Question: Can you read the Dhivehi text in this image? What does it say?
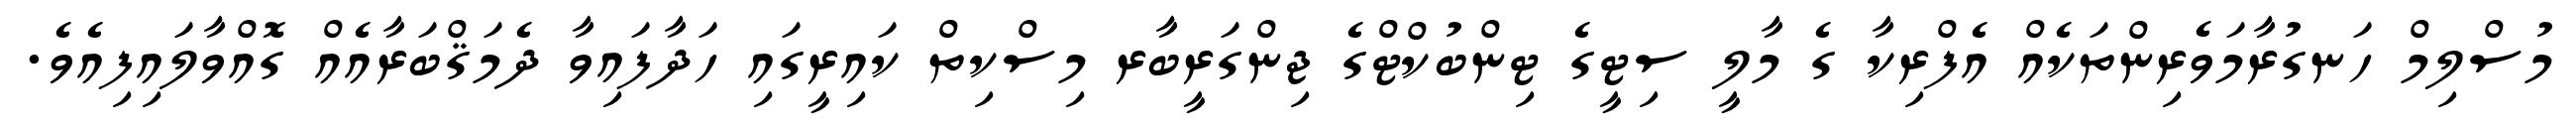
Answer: މުސްލިމް ހަނގުރާމަވެރިންތަކެއް އެފްރިކާ ގެ މާލީ ސިޓީގެ ޓިންބުކްޓްގެ ޖިންގަރީބާރ މިސްކިތް ކައިރީގައި ހަދާފައިވާ ދެމަޤްބަރާއެއް ގޮއްވާލައިފިއެވެ.